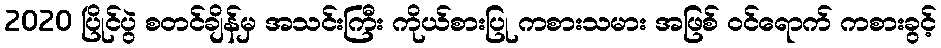
2020 ပြိုင်ပွဲ စတင်ချိန်မှ အသင်းကြီး ကိုယ်စားပြု ကစားသမား အဖြစ် ဝင်ရောက် ကစားခွင့်